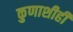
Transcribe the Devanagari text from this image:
कुणाशीही